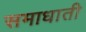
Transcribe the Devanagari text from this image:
समाधाती